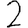
Digit: 2